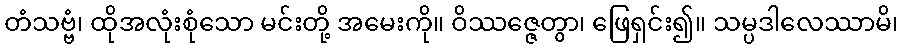
တံသဗ္ဗံ၊ ထိုအလုံးစုံသော မင်းတို့ အမေးကို။ ဝိဿဇ္ဇေတွာ၊ ဖြေရှင်း၍။ သမ္ပဒါလေဿာမိ၊